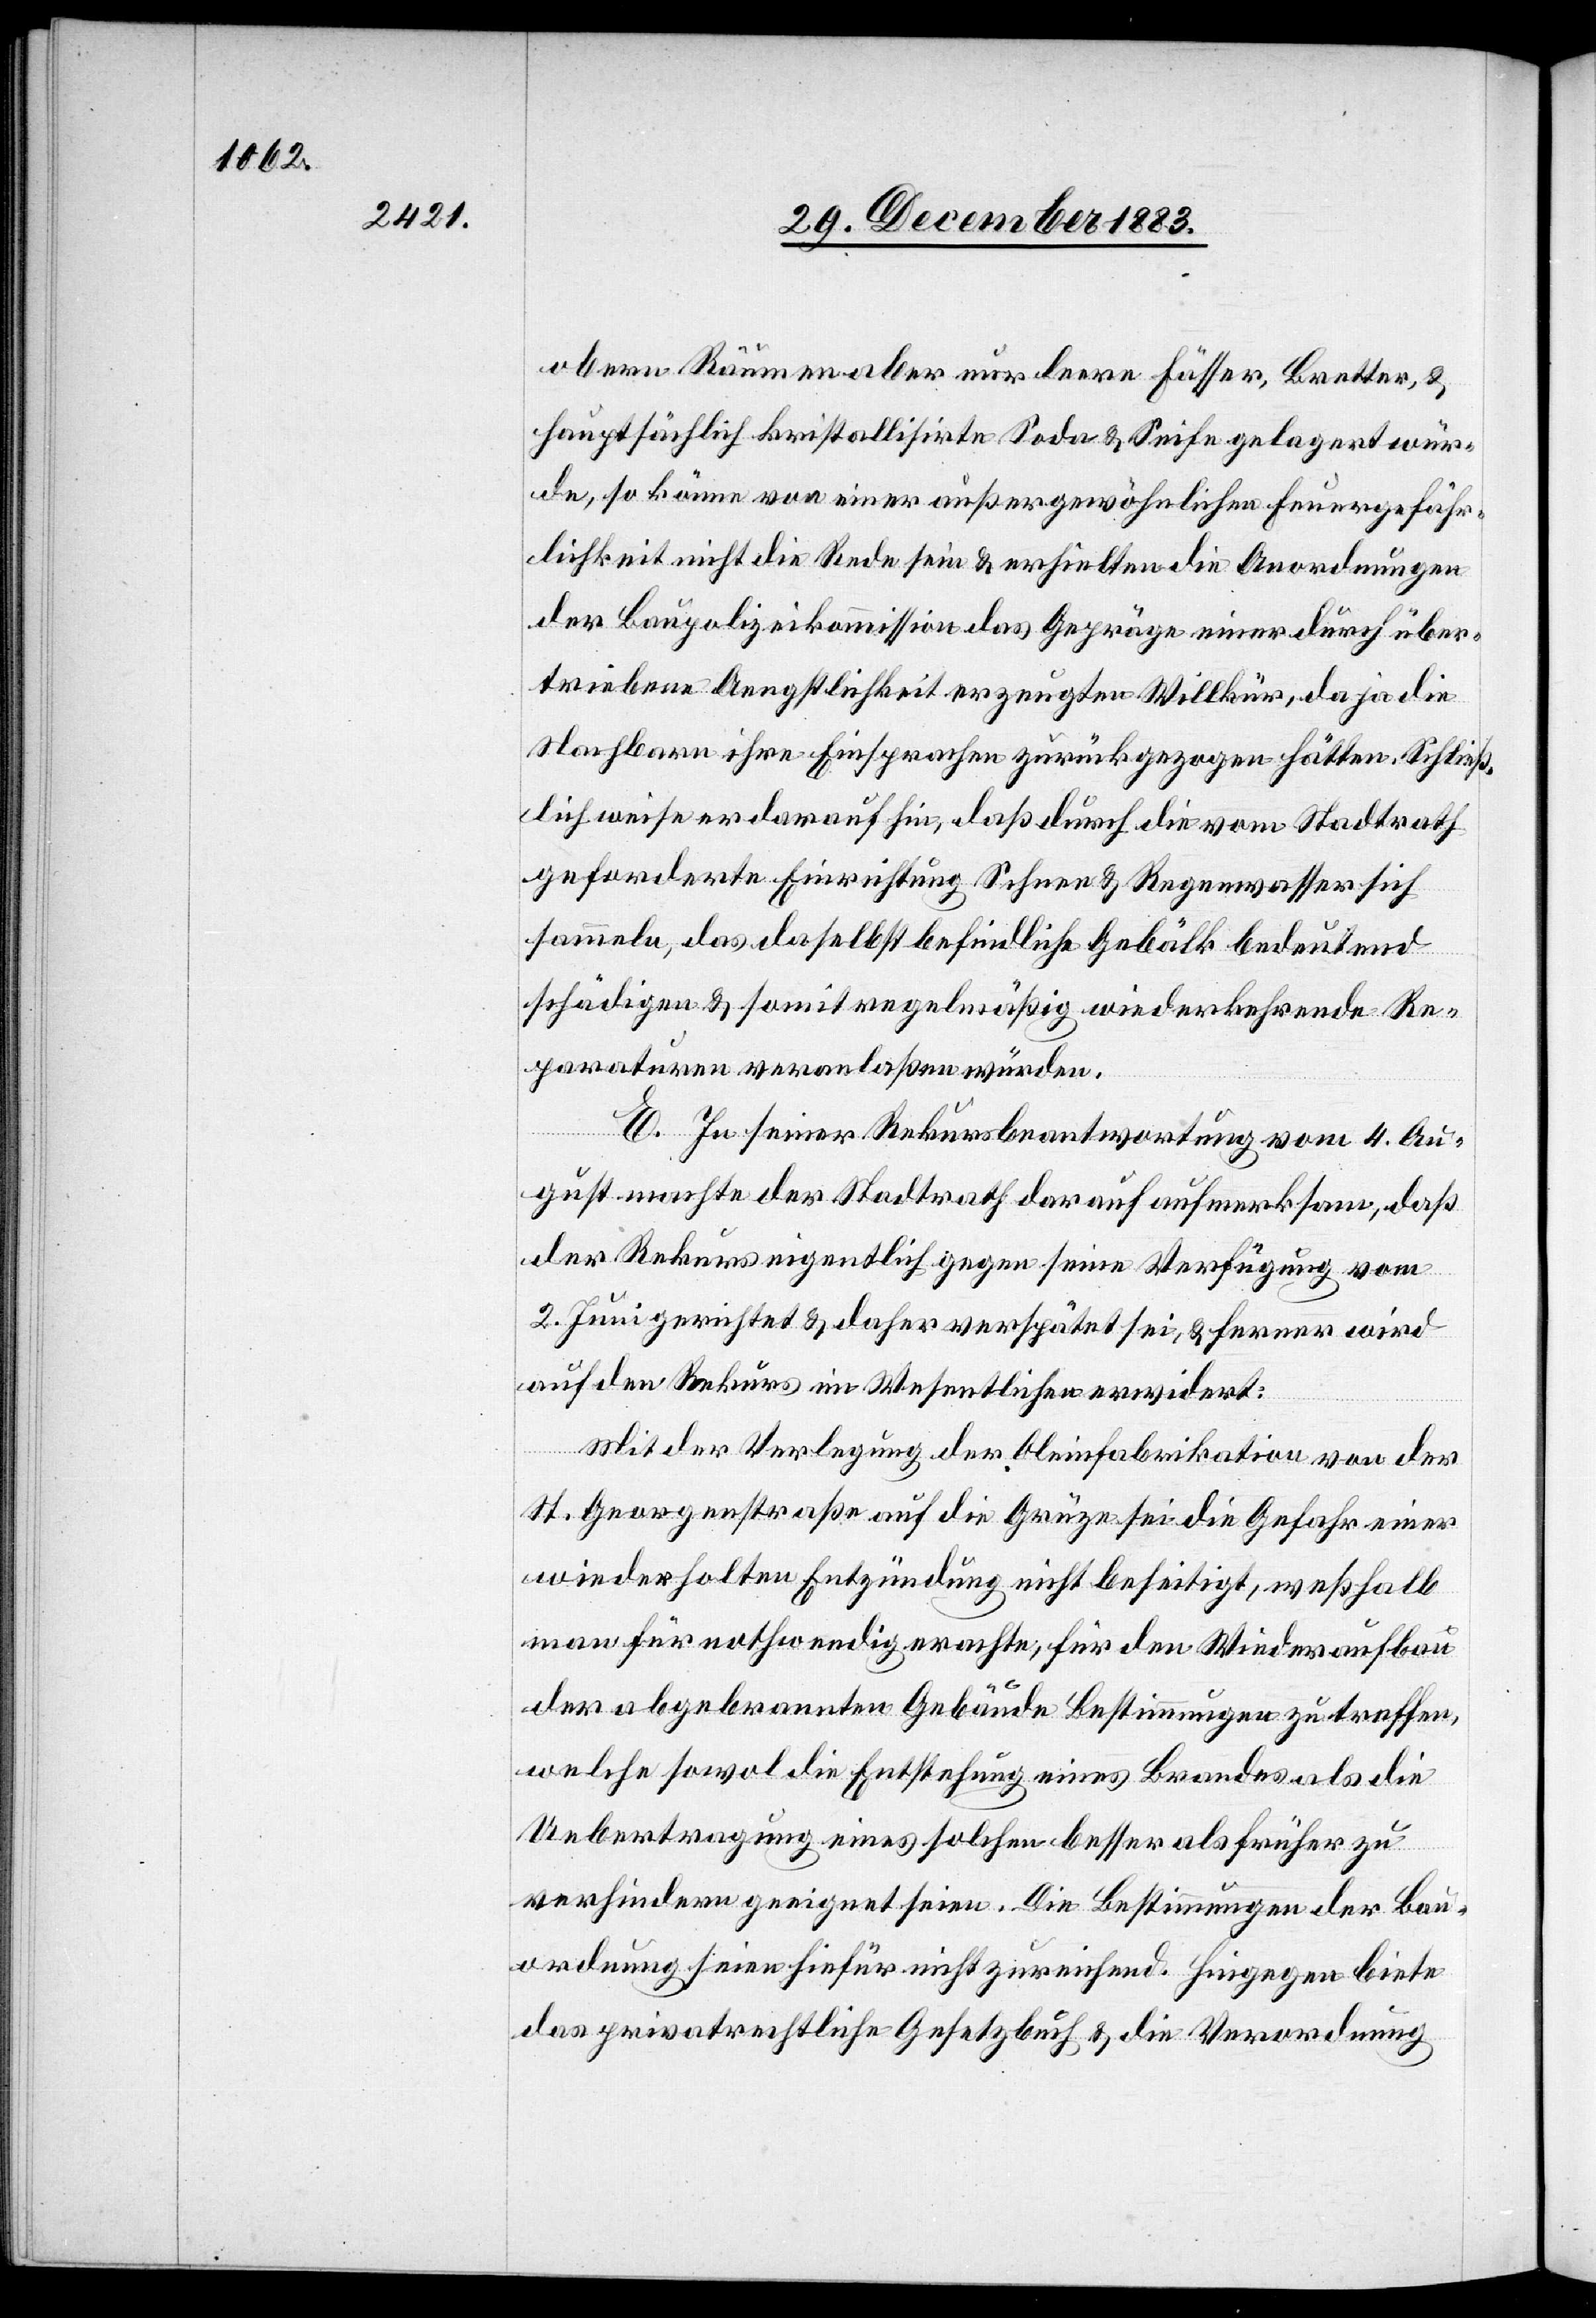
obern Räumen aber nur leere Fässer, Bretter, &
hauptsächlich kristallisirte Soda & Seife gelagert wür¬
de, so könne von einer außergewöhnlichen Feuergefähr¬
lichkeit nicht die Rede sein & erhielten die Anordnungen
der Baupolizeikommission das Gepräge einer durch über¬
triebe Aengstlichkeit erzeugten Willkür, da ja die
Nachbarn ihre Einsprachen zurückgezogen hätten. Schließ¬
lich weise er darauf hin, daß durch die vom Stadtrath
geforderte Einrichtung Schnee & Regenwasser sich
sammeln, das daselbst befindliche Gebälk bedeutend
schädigen & somit regelmäßig wiederkehrende Re¬
paraturen veranlaßen würden.
E. In seiner Rekursbeantwortung vom 4. Au¬
gust machte der Stadtrath darauf aufmerksam, daß
der Rekurs eigentlich gegen seine Verfügung vom
2. Juni gerichtet & daher verspätet sei, & ferner wird
auf den Rekurs im Wesentlichen erwidert:
Mit der Verlegung der Oleinfabrikation von der
St. Georgenstraße auf die Grüze sei die Gefahr einer
wiederholten Entzündung nicht beseitigt, weßhalb
man für nothwendig erachte, für den Wiederaufbau
der abgebrannten Gebäude Bestimmungen zutreffen,
welche sowol die Entstehung eine Brandes als die
Uebertragung eines solchen besser als früher zu
verhindern geeignet seien. Die Bestimmungen der Bau¬
ordnung seien hiefür nicht zureichend. Hingegen biete
das privatrechtliche Gesetzbuch & die Verordnung